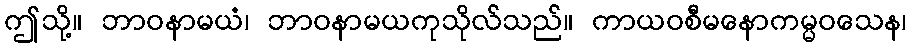
ဤသို့။ ဘာဝနာမယံ၊ ဘာဝနာမယကုသိုလ်သည်။ ကာယဝစီမနောကမ္မဝသေန၊